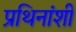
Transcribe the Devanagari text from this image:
प्रथिनांशी